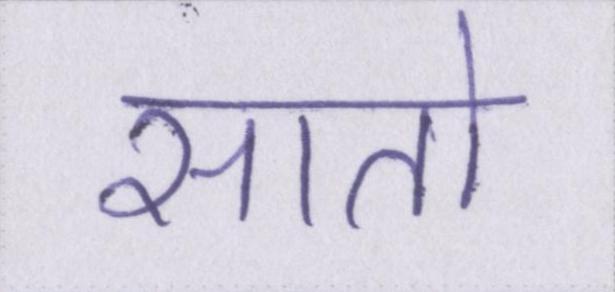
सातो